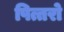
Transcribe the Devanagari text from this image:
पित्तरो